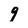
Character: 9